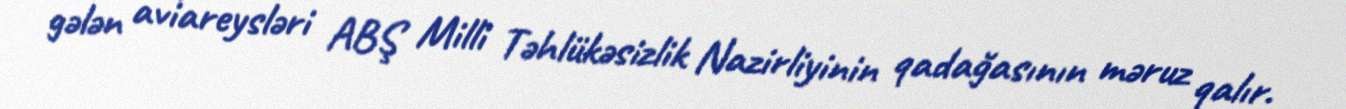
gələn aviareysləri ABŞ Milli Təhlükəsizlik Nazirliyinin qadağasının məruz qalır.